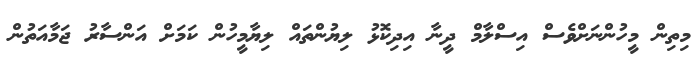
މިތިން މީހުންނަށްވެސް އިސްލާމް ދީނާ އިދިކޮޅު ލިޔުންތައް ލިޔާމީހުން ކަމަށް އަންސާރު ޖަމާއަތުން